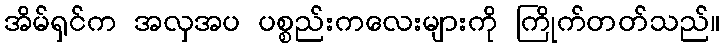
အိမ်ရှင်က အလှအပ ပစ္စည်းကလေးများကို ကြိုက်တတ်သည်။